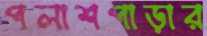
পলাশপাড়ার